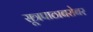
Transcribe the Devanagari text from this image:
सूत्रपाठाबरोबर